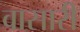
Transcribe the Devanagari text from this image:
वासारी